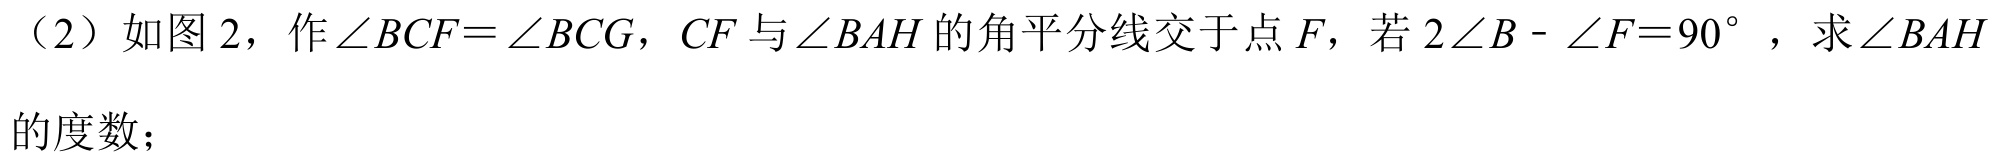
（2）如图 2，作$\angle BCF = \angle BCG$，$CF$与$\angle BAH$的角平分线交于点$F$，若$2\angle B - \angle F = 90^{\circ}$，求$\angle BAH$的度数；